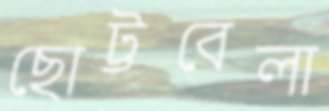
ছোট্টবেলা